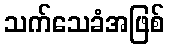
သက်သေခံအဖြစ်